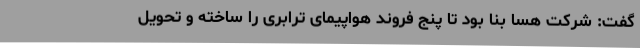
گفت: شرکت هسا بنا بود تا پنج فروند هواپیمای ترابری را ساخته و تحویل